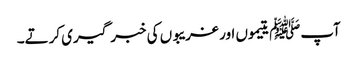
آپﷺ یتیموں اور غریبوں کی خبر گیری کرتے۔